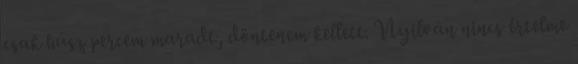
csak húsz percem maradt, döntenem kellett. Nyilván nincs értelme